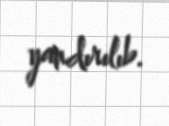
yandırılıb.